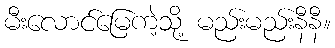
မီးလောင်မြေကဲ့သို့ မည်းမည်းနီနီ။